Report on metropolitan horse fairs and district horse shows of 1891-92 - 1891-1892
Year: 1891
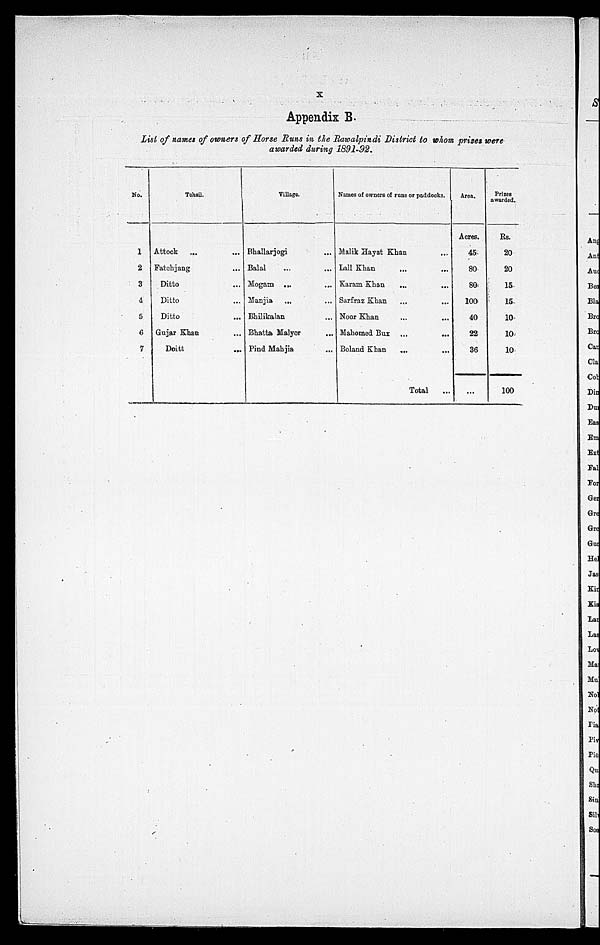
X
Appendix B.
List of names of owners of Horse Runs in the Rawalpindi District to whom prizes were
awarded during 1891-92.
No.
1
2
3
4
5
6
7
Tehsil.
Attock ...
...
Fatchjang ...
Ditto ...
Ditto
...
Ditto
...
Gujar Khan
...
Doitt
...
Village.
Bhallarjogi ...
Balal ... ...
Mogam ... ...
Manjia ... ...
Bhilikalan ...
Bhatta Malyor ...
Pind Mahjia ...
Names of owners of runs or paddocks.
Malik Hayat
Khan.
...
Lall Khan
...
...
Karam Khan
...
...
Sarfraz Khan
...
...
Noor Khan
...
...
Mahomed Bux ...
...
Boland Khan
...
...
Total
...
Area.
Acres.
45
80
80
100
40
22
36
...
Prizes
awarded.
Rs.
20
20
15
15
10
10
10
100